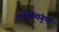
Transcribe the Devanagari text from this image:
एकद्रव्यंगुणं